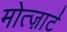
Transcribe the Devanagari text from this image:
मोत्ज़ार्ट